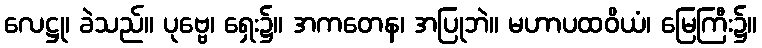
လေဋ္ဌု၊ ခဲသည်။ ပုဗ္ဗေ၊ ရှေး၌။ အကတေန၊ အပြုဘဲ။ မဟာပထဝိယံ၊ မြေကြီး၌။